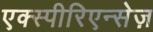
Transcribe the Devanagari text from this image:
एक्स्पीरिएन्सेज़